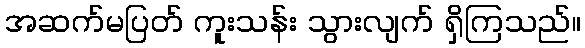
အဆက်မပြတ် ကူးသန်း သွားလျက် ရှိကြသည်။